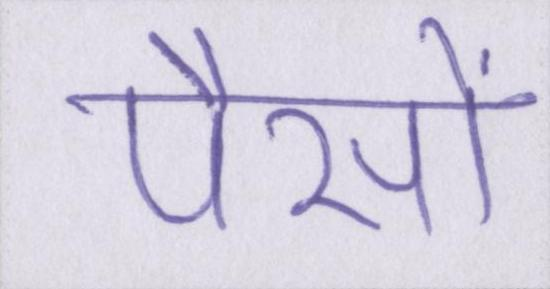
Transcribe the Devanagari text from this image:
पैसों